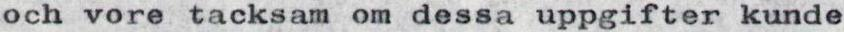
och vore tacksam om dessa uppgifter kunde